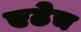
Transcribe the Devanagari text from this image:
एढेच